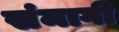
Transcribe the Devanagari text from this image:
संमागी